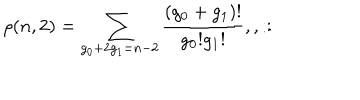
\rho ( n , 2 ) = \sum _ { g _ { 0 } + 2 g _ { 1 } = n - 2 } \frac { ( g _ { 0 } + g _ { 1 } ) ! } { g _ { 0 } ! g _ { 1 } ! } , , : :